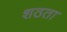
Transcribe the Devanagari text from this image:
शठता